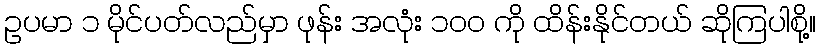
ဥပမာ ၁ မိုင်ပတ်လည်မှာ ဖုန်း အလုံး ၁၀၀ ကို ထိန်းနိုင်တယ် ဆိုကြပါစို့။